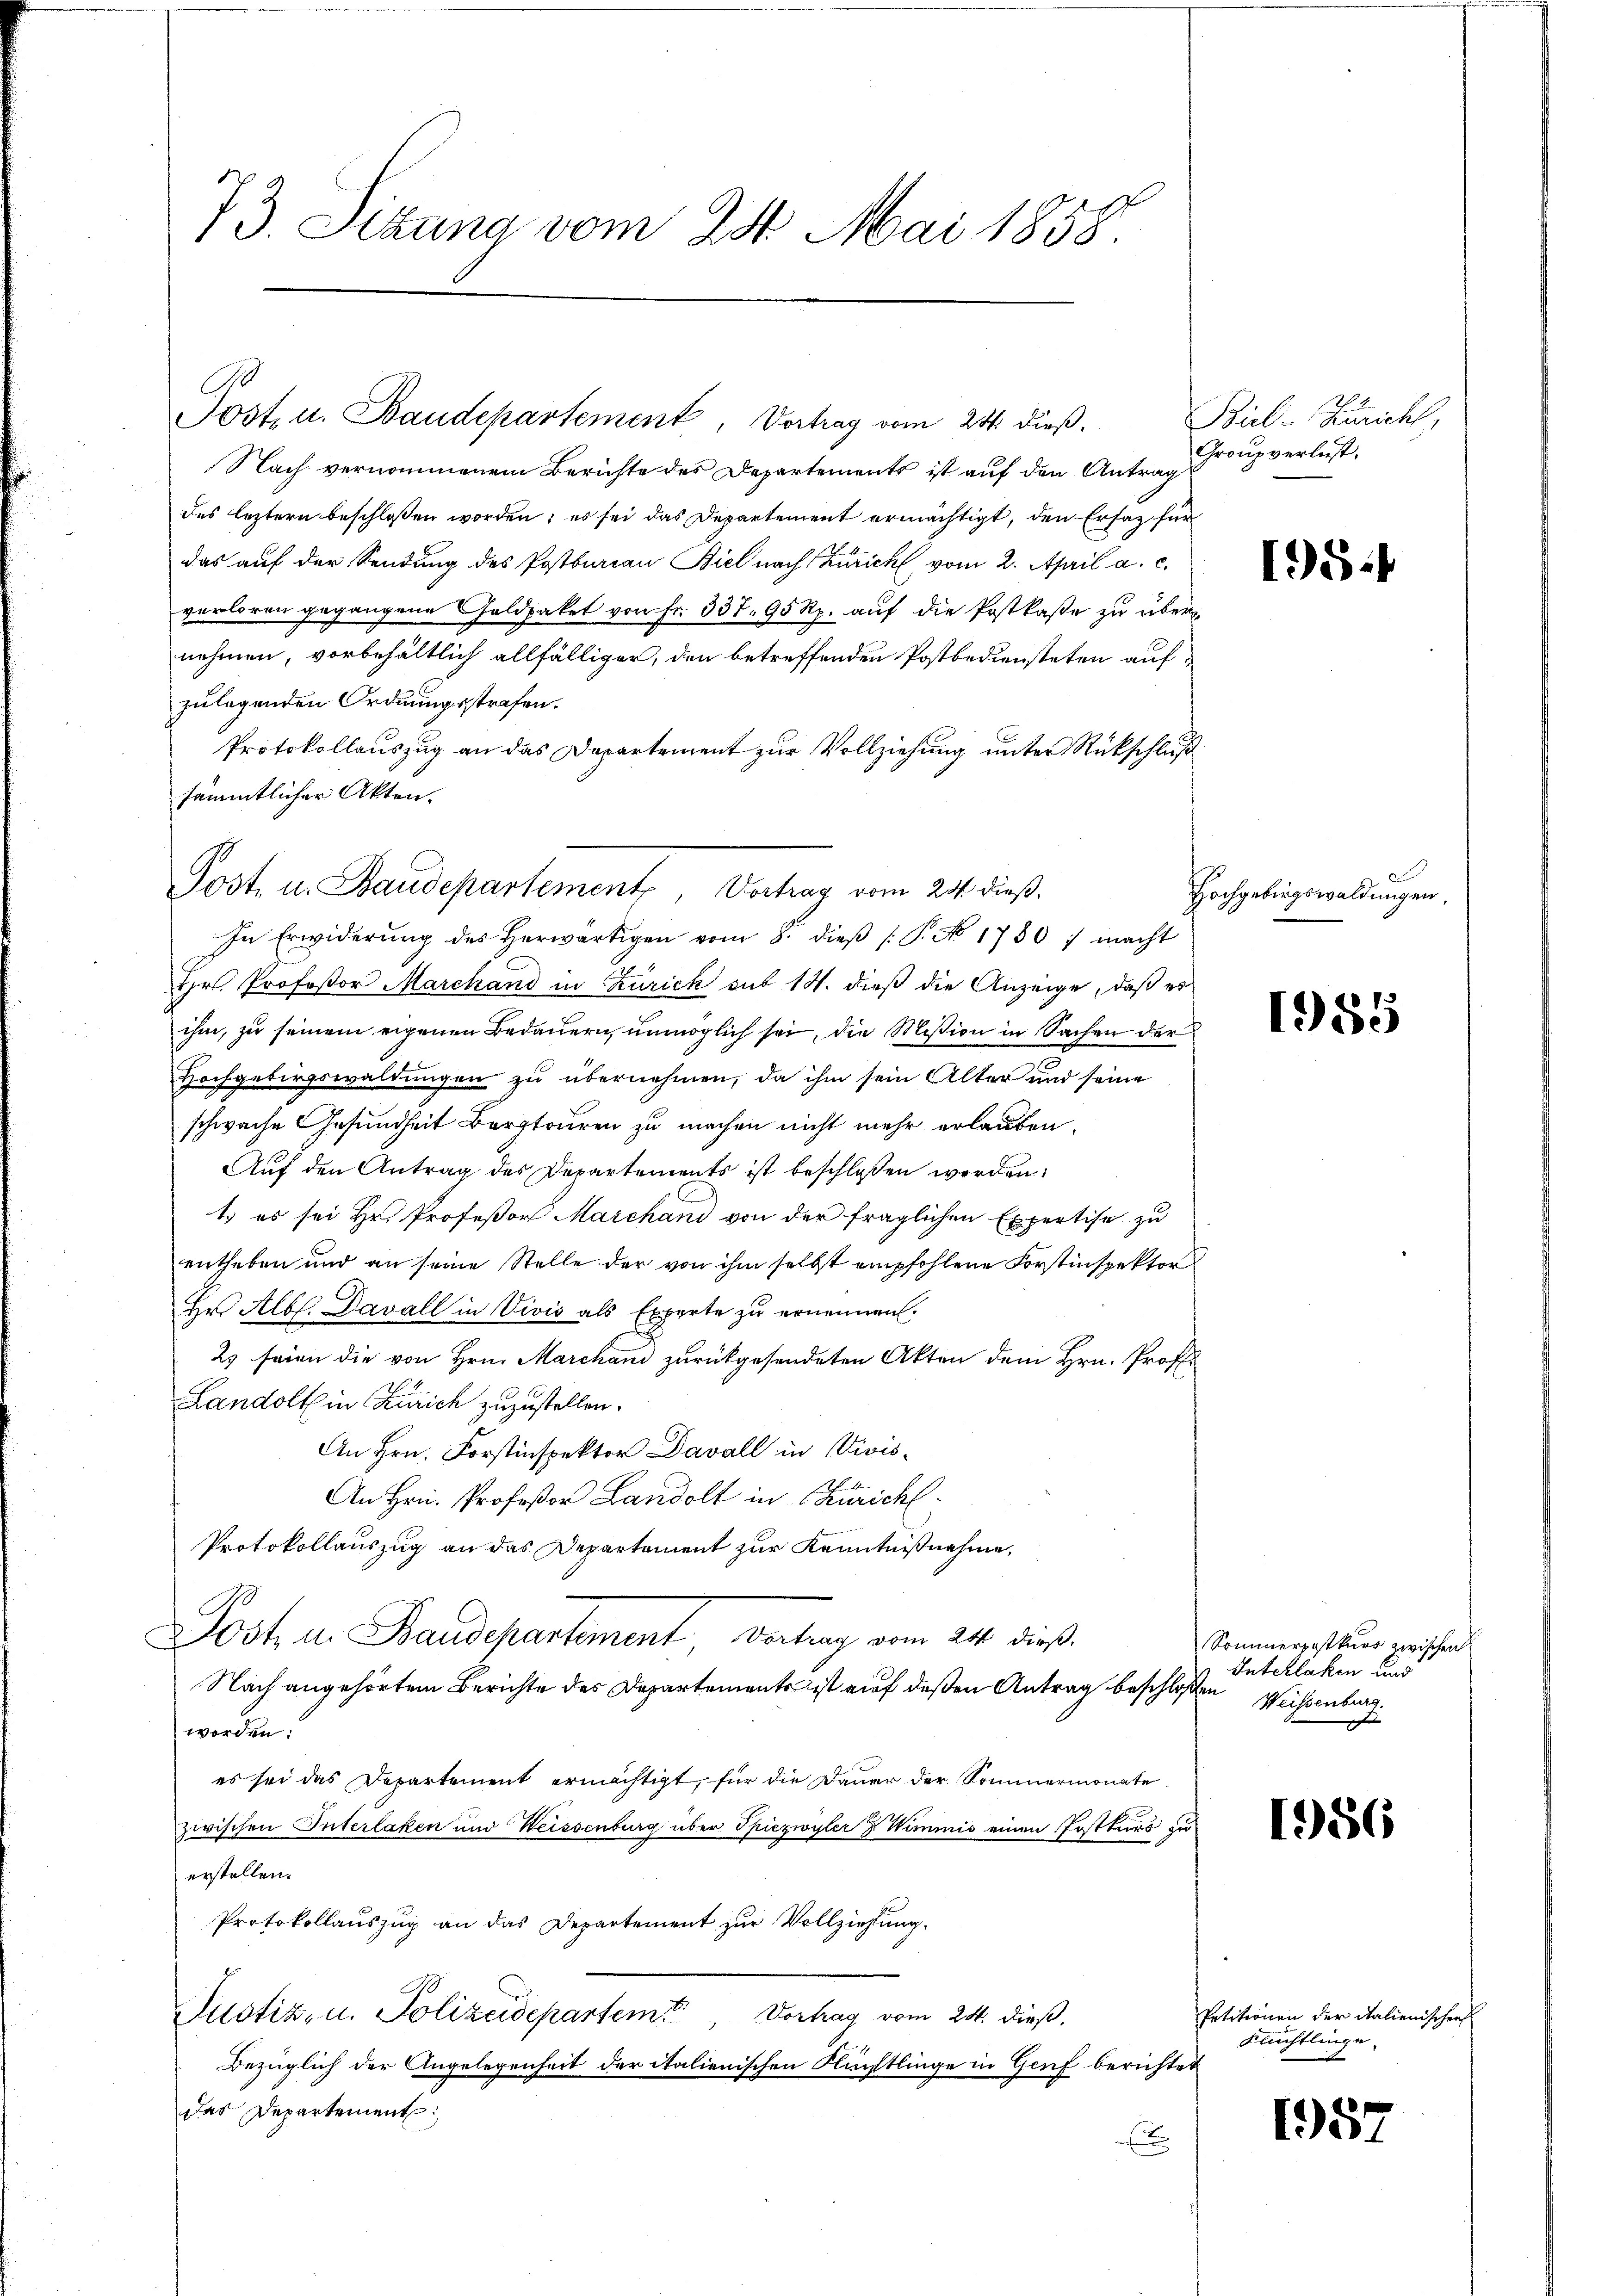
73. Sizung vom 24. Mai 1858.

Post u. Baudepartement, Vertrag vom 21 dieß.
Nach vernommenem Berichte des Departements ist auf den Antrag
des leztern beschlossen worden; es sei das Departement ermächtigt, den Ersatz für
das auf der Sendung des Postburian Biel nach Zürich, vom 2. April a. c.
verloren gegangene Geldpaket von Fr. 337. 95 Rp. auf die Postkaste zu übernehmen, vorbehältlich allfälliger, den betreffenden Postbediensteten aufzulegenden Ordnungsstrafen.
Protokollauszug an das Departement zur Vollziehung unter Rückschluß
sämmtlicher Akten.

Post. u. Baudepartement, Vortrag vom 24. dieß.

In Erwiderŭng des herwärtigen vom 8. dieβ (: P. No 1750) macht
Hr. Professor Marchand in Zurick mit 14. dieß die Anzeige, daß es
ihm, zu seinem eigenen Bedauern, unmöglich sei, die Mission in Sachen der
Hochgebirgswaldungen zu übernehmen, da ihm sein Alter und seine
schwache Gesundheit Bergtouren zu machen nicht mehr erlauben.
Auf den Antrag des Departements ist beschlossen worden:
1.) es sei Hr. Profeßor Marchani von der fraglichen Expertise zu
entheben und an seine Stelle der von ihm selbst empfohlene Forstinspektor
Hr. Alb. Davall in Vivić als Experte zu ernennen.
2) seien die von Hrn. Marchani zurückgesendeten Akten dem Hrn. Prof.
Landolt in Zürich zuzustellen.
An Hrn. Forstinspektor Davall in Divis¬
An Hrn. Profeßor Landolt in Zürich
Protokollauszug an das Departement zur Kenntnißnahme,
Jost u. Baudepartement Vertrag vom 24. dieß
Nach angehörtem Berichte des Departements ist auf deßen Antrag beschloßen
worden:
es sei das Departement ermächtigt, für die Dauer der Sommermonate
zwischen Interlaken und Weissenburg über Spiezwyler & Wimmis einen Postkurs zu
erstellen.
Protokollauszug an das Departement zur Vollziehung.
Justiz- u. Polizeidepartem Vortrag vom 24. dieß.
Bezüglich der Angelegenheit der italienischen Flüchtlinge in Genf berichtet
das Departement

Bil. Züricht,
Group verlust.

1951

Hochgebirgswaldungen

1985

Sommerpostkurs zwischen
Inschlaken und
Weisenburg.
 |

1986

Petitionen der Italienischen
Flüchtlinge

157